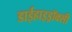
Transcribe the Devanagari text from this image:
डाईहाइड्रॉक्सी